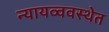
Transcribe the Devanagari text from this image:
न्यायव्ववस्थेत